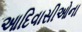
આદિવાસીઓના